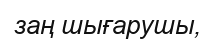
заң шығарушы,